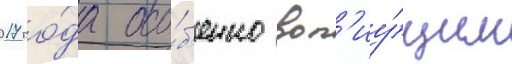
2017 го́да осо́б'енно воп'иу́щим